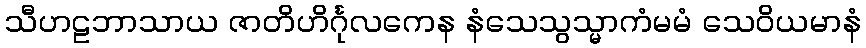
သီဟဠဘာသာယ ဇာတိဟိင်္ဂုလကေန နံသေသွသ္မာကံမမံ သေဝိယမာနံ